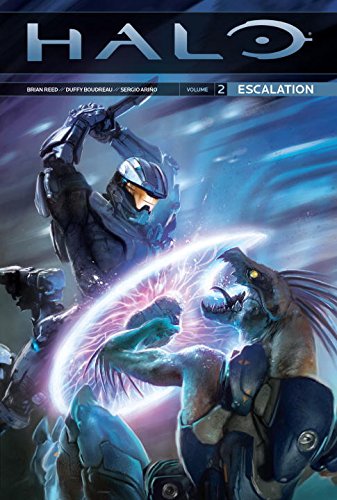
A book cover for Halo Volume 2 Escalation; Brian Reed; Comics & Graphic Novels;